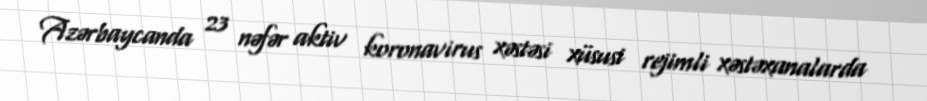
Azərbaycanda 23 nəfər aktiv koronavirus xəstəsi xüsusi rejimli xəstəxanalarda